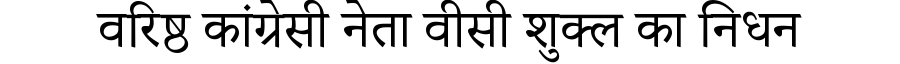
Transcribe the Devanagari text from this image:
वरिष्ठ कांग्रेसी नेता वीसी शुक्ल का निधन